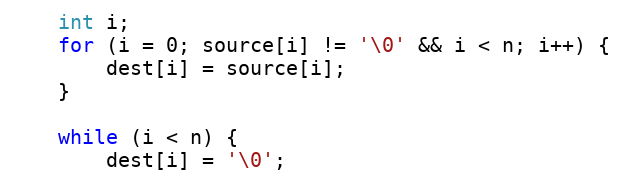
Language: C
    int i;
    for (i = 0; source[i] != '\0' && i < n; i++) {
        dest[i] = source[i];
    }

    while (i < n) {
        dest[i] = '\0';